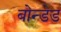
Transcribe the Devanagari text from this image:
बोन्‍डेड